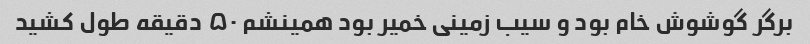
برگر گوشوش خام بود و سیب زمینی خمیر بود همینشم ۵۰ دقیقه طول کشید